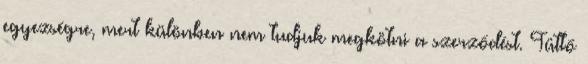
egyezségre, mert különben nem tudjuk megkötni a szerződést. Tüttő